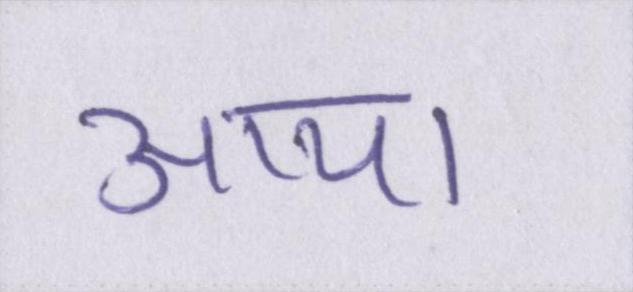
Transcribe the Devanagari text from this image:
आया